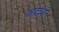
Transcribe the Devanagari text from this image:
श्चद्रवंशी